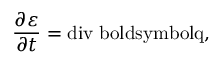
\frac { \partial \varepsilon } { \partial t } = \mathrm { { d i v } \ b o l d s y m b o l { q } , }